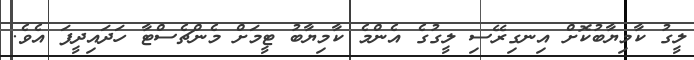
ލީގު ކާމިޔާބުކޮށް އިނގިރޭސި ލީގުގެ އެންމެ ކާމިޔާބު ޓީމަށް މެންޗެސްޓާ ހަދައިދީފަ އެވެ.